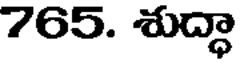
765. శుద్ధా